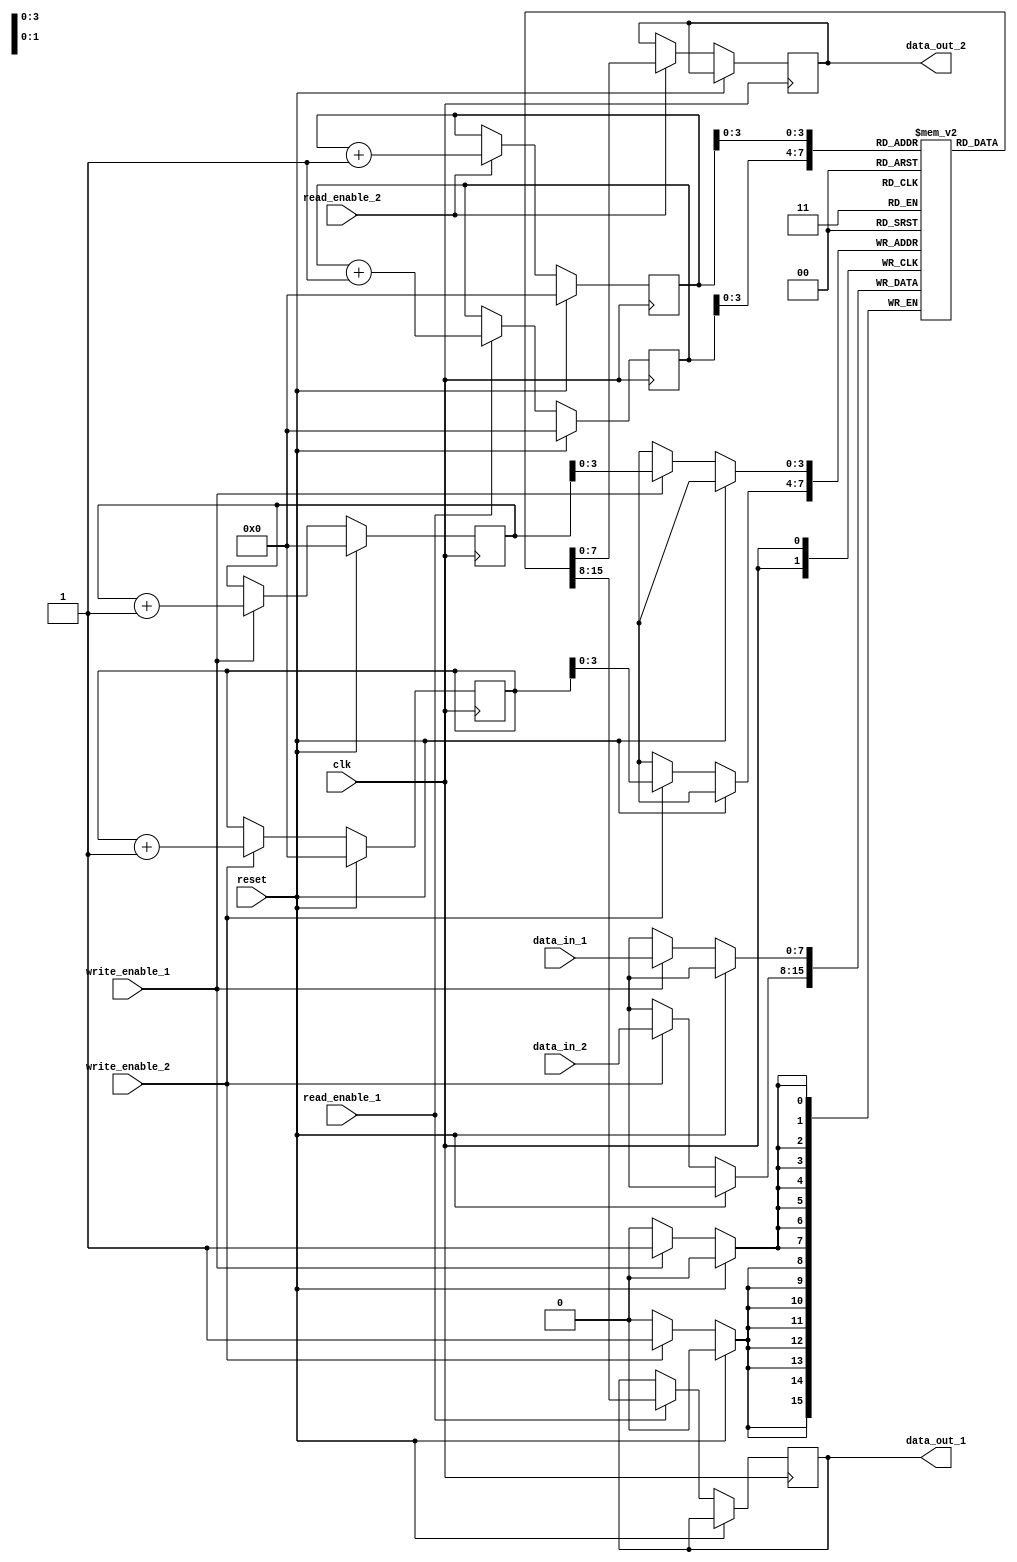
module dual_port_fifo (
    input wire clk,
    input wire reset,
    input wire write_enable_1,
    input wire write_enable_2,
    input wire read_enable_1,
    input wire read_enable_2,
    input wire [DATA_WIDTH-1:0] data_in_1,
    input wire [DATA_WIDTH-1:0] data_in_2,
    output reg [DATA_WIDTH-1:0] data_out_1,
    output reg [DATA_WIDTH-1:0] data_out_2
);

parameter FIFO_DEPTH = 16;
parameter DATA_WIDTH = 8;

reg [DATA_WIDTH-1:0] fifo_buffer[0:FIFO_DEPTH-1];
reg [DATA_WIDTH-1:0] read_ptr_1 = 0;
reg [DATA_WIDTH-1:0] read_ptr_2 = 0;
reg [DATA_WIDTH-1:0] write_ptr_1 = 0;
reg [DATA_WIDTH-1:0] write_ptr_2 = 0;

always @ (posedge clk) begin
    if (reset) begin
        read_ptr_1 <= 0;
        read_ptr_2 <= 0;
        write_ptr_1 <= 0;
        write_ptr_2 <= 0;
    end else begin
        if (write_enable_1) begin
            fifo_buffer[write_ptr_1] <= data_in_1;
            write_ptr_1 <= write_ptr_1 + 1;
        end
        
        if (write_enable_2) begin
            fifo_buffer[write_ptr_2] <= data_in_2;
            write_ptr_2 <= write_ptr_2 + 1;
        end
        
        if (read_enable_1) begin
            data_out_1 <= fifo_buffer[read_ptr_1];
            read_ptr_1 <= read_ptr_1 + 1;
        end
        
        if (read_enable_2) begin
            data_out_2 <= fifo_buffer[read_ptr_2];
            read_ptr_2 <= read_ptr_2 + 1;
        end
    end
end

endmodule